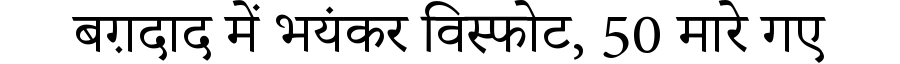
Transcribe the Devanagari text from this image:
बग़दाद में भयंकर विस्फोट, 50 मारे गए